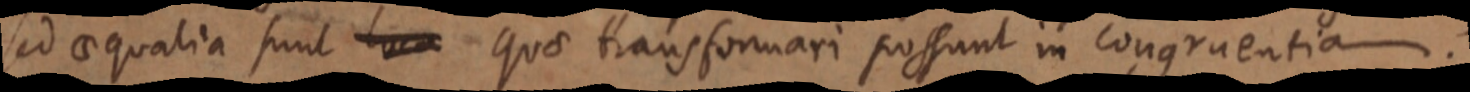
sed aequalia sunt loca quae transformari possunt in congruentia.